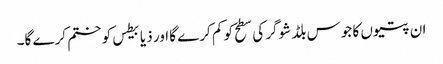
ان پتیوں کا جوس بلڈ شوگر کی سطح کو کم کرے گا اور ذیابیطس کو ختم کرے گا۔